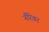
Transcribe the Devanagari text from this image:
नीरेवर